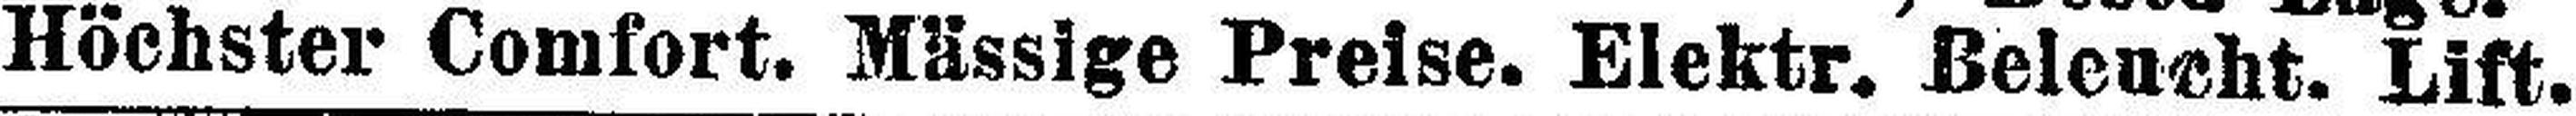
Höchster Comfort. Mässige Preise. Elektr. Beleucht. Lift.